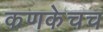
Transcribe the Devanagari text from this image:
कणकेचच